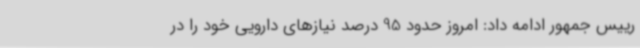
رییس جمهور ادامه داد: امروز حدود 95 درصد نیازهای دارویی خود را در